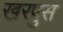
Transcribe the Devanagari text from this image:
खरपुस